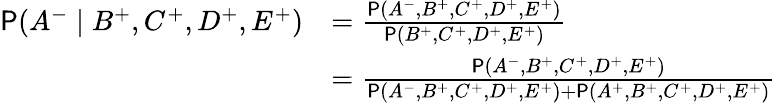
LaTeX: \def\P{\operatorname{\mathsf P}}\begin{array}{rl}{\P(A^{-}\mid B^{+},C^{+},D^{+},E^{+})}&{=\frac{\P(A^{-},B^{+},C^{+},D^{+},E^{+})}{\P(B^{+},C^{+},D^{+},E^{+})}}\\ &{=\frac{\P(A^{-},B^{+},C^{+},D^{+},E^{+})}{\P(A^{-},B^{+},C^{+},D^{+},E^{+})+\P(A^{+},B^{+},C^{+},D^{+},E^{+})}}\end{array}